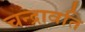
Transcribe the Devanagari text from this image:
चन्द्रावति